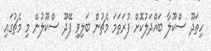
ހިތަދޫ ސްކޫލާ ބައްދަލުކޮށް ފުރަތަމަ މެޗުން ބަލިވި ފޭދޫ ސްކޫލުން މި މެޗުގައި